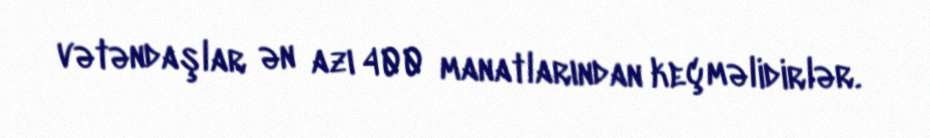
vətəndaşlar ən azı 400 manatlarından keçməlidirlər.